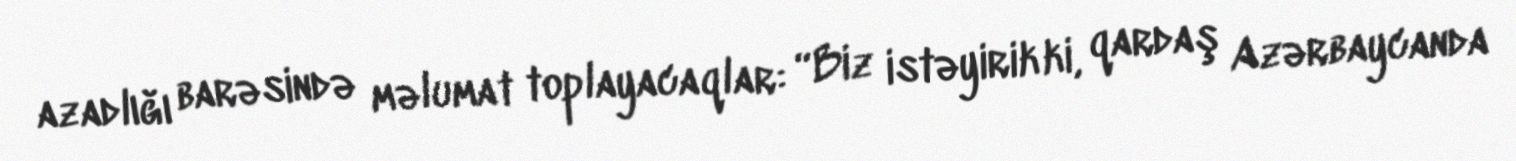
azadlığı barəsində məlumat toplayacaqlar: “Biz istəyirik ki, qardaş Azərbaycanda